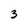
Character: 3